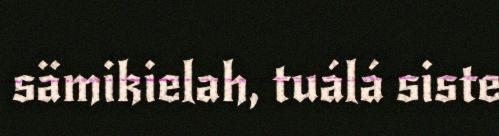
sämikielah, tuálá siste